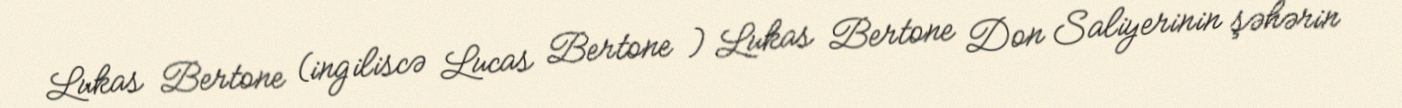
Lukas Bertone (ingiliscə Lucas Bertone ) Lukas Bertone Don Saliyerinin şəhərin